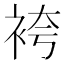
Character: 袴